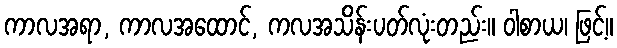
ကာလအရာ, ကာလအထောင်, ကလအသိန်းပတ်လုံးတည်း။ ဝါစာယ၊ ဖြင့်။